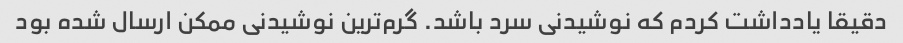
دقیقا یادداشت کردم که نوشیدنی سرد باشد. گرم‌ترین نوشیدنی ممکن ارسال شده بود